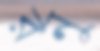
রনু